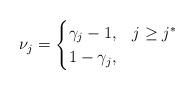
LaTeX: \begin{align*}\nu_j = \begin{cases} \gamma_j - 1, & j \geq j^*\\ 1 - \gamma_j, & \end{cases}\end{align*}